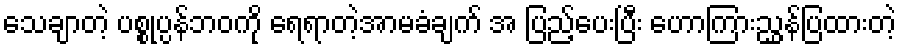
သေချာတဲ့ ပစ္စုပ္ပန်ဘဝကို ရေရာတဲ့အာမခံချက် အ ပြည့်ပေးပြီး ဟောကြားညွှန်ပြထားတဲ့